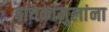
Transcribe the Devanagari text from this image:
बायकांमुलांना